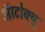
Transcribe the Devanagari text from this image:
ऑटोक्यू